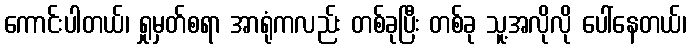
ကောင်းပါတယ်၊ ရှုမှတ်စရာ အာရုံကလည်း တစ်ခုပြီး တစ်ခု သူ့အလိုလို ပေါ်နေတယ်၊